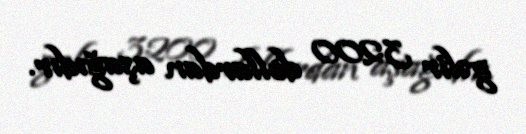
gəlir 3200 dollardan aşağıdır.